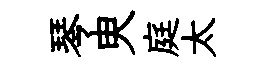
琴㬰庭太